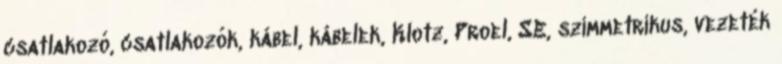
csatlakozó, csatlakozók, kábel, kábelek, Klotz, Proel, SE, szimmetrikus, vezeték